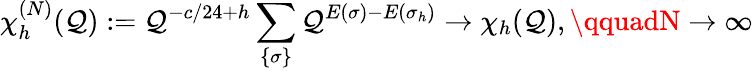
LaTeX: \chi_{h}^{(N)}(\mathcal{Q}):=\mathcal{Q}^{-c/24+h}\sum_{\{ \sigma\} }\mathcal{Q}^{E(\sigma)-E(\sigma_{h})}\to\chi_{h}(\mathcal{Q}),\qquadN\to\infty